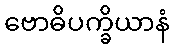
ဗောဓိပက္ခိယာနံ